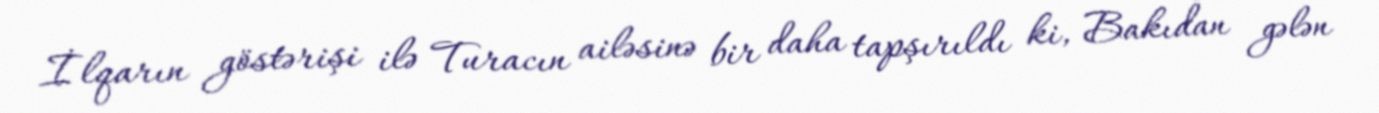
İlqarın göstərişi ilə Turacın ailəsinə bir daha tapşırıldı ki, Bakıdan gələn